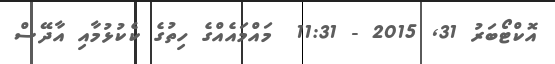
އޮކްޓޯބަރު 31